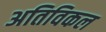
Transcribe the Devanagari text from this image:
अतिविकल